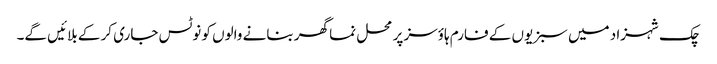
چک شہزاد میں سبزیوں کے فارم ہاؤسز پر محل نما گھر بنانے والوں کو نوٹس جاری کر کے بلائیں گے۔